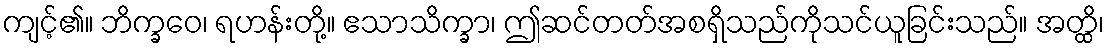
ကျင့်၏။ ဘိက္ခဝေ၊ ရဟန်းတို့။ ဧသာသိက္ခာ၊ ဤဆင်တတ်အစရှိသည်ကိုသင်ယူခြင်းသည်။ အတ္ထိ၊